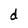
Character: d